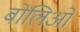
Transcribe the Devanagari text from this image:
बोलिओं